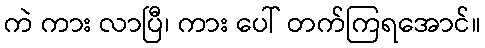
ကဲ ကား လာပြီ၊ ကား ပေါ် တက်ကြရအောင်။